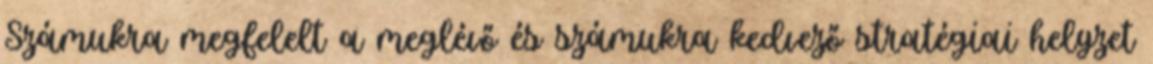
Számukra megfelelt a meglévő és számukra kedvező stratégiai helyzet